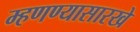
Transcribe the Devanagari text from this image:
म्हणण्यासारखे